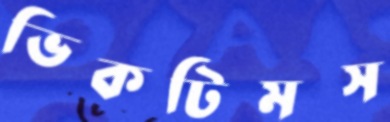
ভিকটিমস